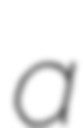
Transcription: a